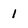
Character: 1